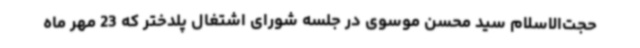
حجت‌الاسلام سید محسن موسوی در جلسه شورای اشتغال پلدختر که 23 مهر ماه